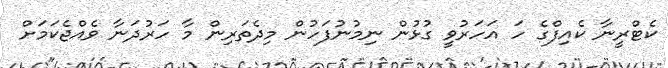
ކެޓްރީނާ ކެއިފްގެ ހަ އަހަރުވީ ގުޅުން ނިމުނުފަހުން މިދެތަރިން މާ ހަރުދަނާ ވެއްޖެކަމަށް